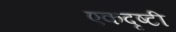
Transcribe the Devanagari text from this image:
एकदृष्टी